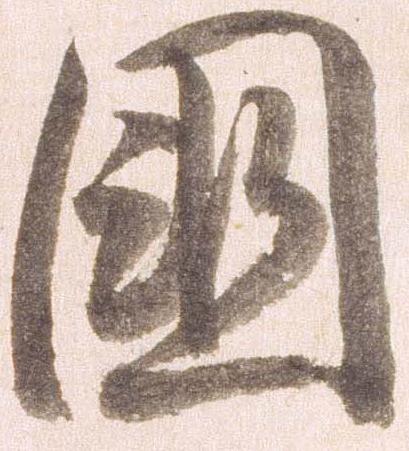
国